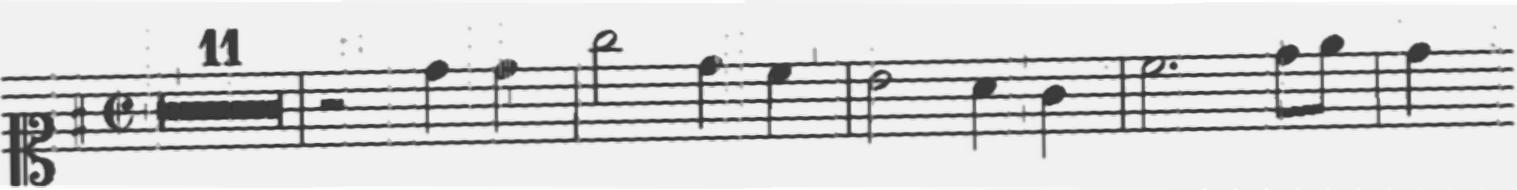
Transcription: clef-C1 keySignature-GM timeSignature-C/ multirest-11 barline rest-half note-D5_quarter note-D5_quarter barline note-G5_half note-D5_quarter note-C5_quarter barline note-B4_half note-A4_quarter note-G4_quarter barline note-C5_half. note-D5_eighth note-E5_eighth barline note-D5_quarter